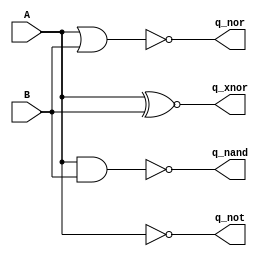

module test_logic(input A, B, output reg q_nand, q_nor, q_xnor, q_not);

   always @(A, B) begin
      q_nand = A ~& B;
      q_nor  = A ~| B;
      q_xnor = A ~^ B;
      q_not  = ~A;
   end

endmodule // test_logic